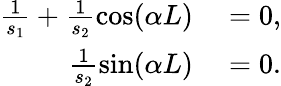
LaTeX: \begin{array}{rl}{\frac{1}{s_{1}}+\frac{1}{s_{2}}\cos(\alpha L)}&{{}=0,}\\ {\frac{1}{s_{2}}\sin(\alpha L)}&{{}=0.}\end{array}